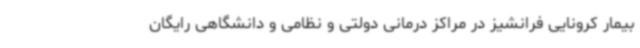
بیمار کرونایی فرانشیز در مراکز درمانی دولتی و نظامی و دانشگاهی رایگان